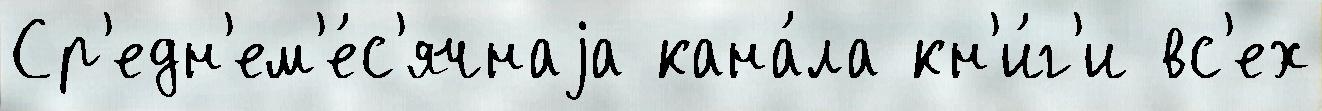
Ср'едн'ем'е́с'ячнаjа кана́ла кн'и́г'и вс'ех